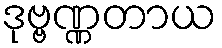
ဒုဗ္ဗဏ္ဏတာယ